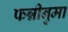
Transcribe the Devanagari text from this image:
फन्नीनुमा